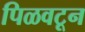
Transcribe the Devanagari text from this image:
पिळवटून